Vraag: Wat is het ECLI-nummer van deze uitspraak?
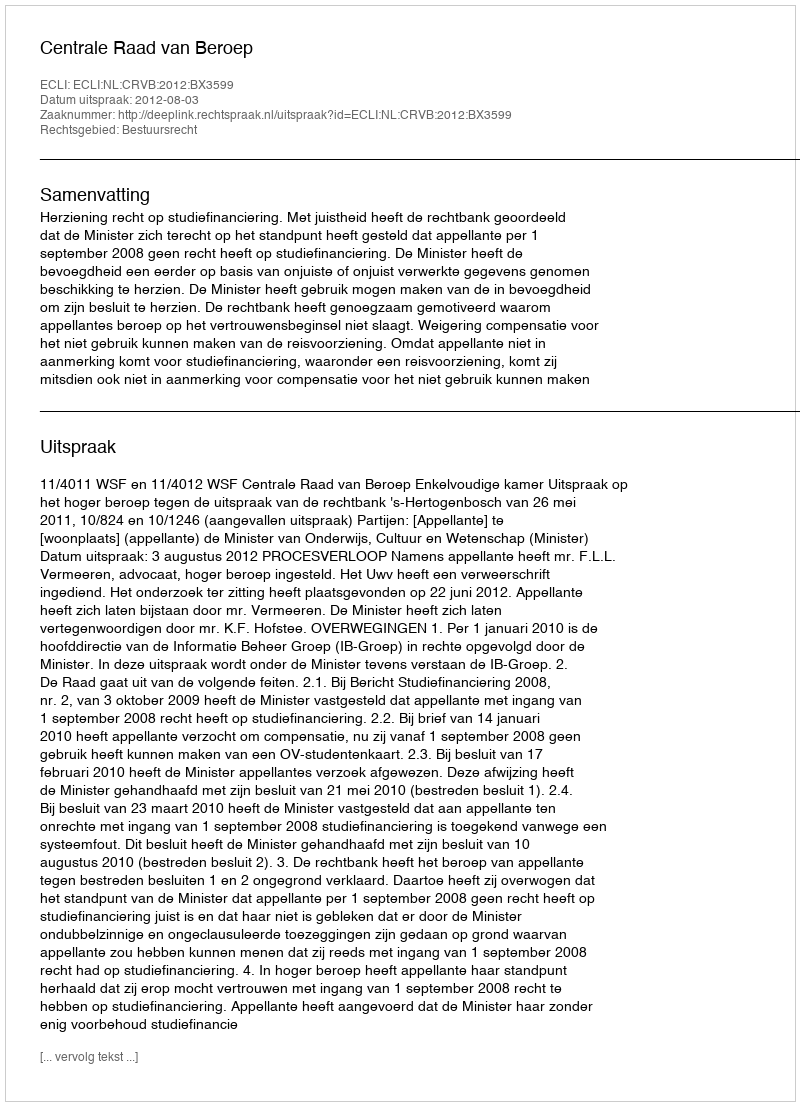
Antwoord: ECLI:NL:CRVB:2012:BX3599